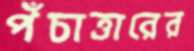
পঁচাত্তারের